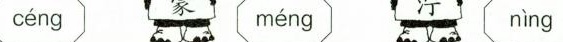
céng méng nìng